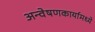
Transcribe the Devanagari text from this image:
अन्वेषणकार्यामध्ये